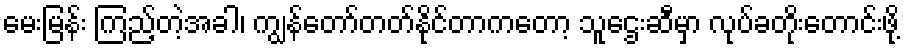
မေးမြန်း ကြည့်တဲ့အခါ၊ ကျွန်တော်တတ်နိုင်တာကတော့ သူဌေးဆီမှာ လုပ်ခတိုးတောင်းဖို့